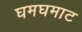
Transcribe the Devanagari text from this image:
घमघमाट